Indian journal of veterinary science and animal husbandry - Volumes 15-17, 1948-1951
Year: 1948
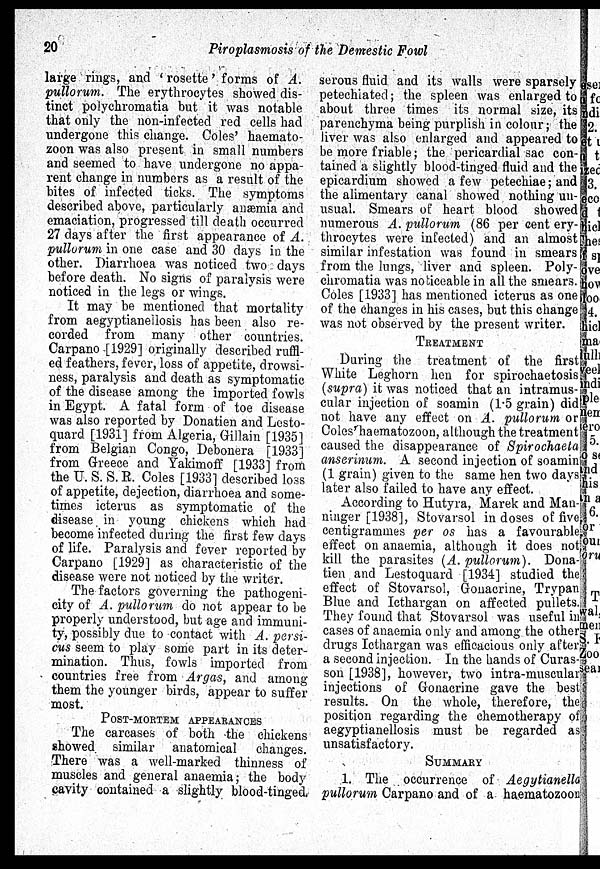
20
Piroplasmosis of the Demestic Fowl
large rings, and 'rosette' forms of A.
pullorum. The erythrocytes showed dis-
tinct polychromatia but it was notable
that only the non-infected red cells had
undergone this change. Coles' haemato-
zoon was also present in small numbers
and seemed to have undergone no appa-
rent change in numbers as a result of the
bites of infected ticks. The symptoms
described above, particularly anæmia and
emaciation, progressed till death occurred
27 days after the first appearance of A.
pullorum in one case and 30 days in the
other. Diarrhoea was noticed two days
before death. No signs of paralysis were
noticed in the legs or wings.
It may be mentioned that mortality
from aegyptianellosis has been also re-
corded from many other countries.
Carpano [1929] originally described ruffl-
ed feathers, fever, loss of appetite, drowsi-
ness, paralysis and death as symptomatic
of the disease among the imported fowls
in Egypt. A fatal form of toe disease
was also reported by Donatien and Lesto-
quard [1931] from Algeria, Gillain [1935]
from Belgian Congo, Debonera [1933]
from Greece and Yakimoff [1933] from
the U. S. S. R. Coles [1933] described loss
of appetite, dejection, diarrhoea and some-
times icterus as symptomatic of the
disease in young chickens which had
become infected during the first few days
of life. Paralysis and fever reported by
Carpano [1929] as characteristic of the
disease were not noticed by the writer.
The factors governing the pathogeni-
city of A, pullorum do not appear to be
properly understood, but age and immuni-
ty, possibly due to contact with A. persi-
cus seem to play some part in its deter-
mination. Thus, fowls imported from
countries free from Argas, and among
them the younger birds, appear to suffer
most.
POST-MORTEM APPEARANCES
The carcases of both the chickens
showed similar anatomical changes.
There was a well-marked thinness of
muscles and general anaemia; the body
cavity contained a slightly blood-tinged
serous fluid and its walls were sparsely
petechiated; the spleen was enlarged to
about three times its normal size, its
parenchyma being purplish in colour; the
liver was also enlarged and appeared to
be more friable; the pericardial sac con-
tained a slightly blood-tinged fluid and the
epicardium showed a few petechiae; and
the alimentary canal showed nothing un-
usual. Smears of heart blood showed
numerous A. pullorum (86 per cent ery-
throcytes were infected) and an almost
similar infestation was found in smears
from the lungs, liver and spleen. Poly-
chromatia was noticeable in all the smears.
Coles [1933] has mentioned icterus as one
of the changes in his cases, but this change
was not observed by the present writer.
TREATMENT
During the treatment of the first
White Leghorn hen for spirochaetosis
(supra) it was noticed that an intramus-
cular injection of soamin (1.5 grain) did
not have any effect on A. pullorum or
Coles' haematozoon, although the treatment
caused the disappearance of Spirochaeta
anserinum. A second injection of soamin
(1 grain) given to the same hen two days
later also failed to have any effect.
According to Hutyra, Marek and Man-
ninger [1938], Stovarsol in doses of five
centigrammes per os has a favourable
effect on anaemia, although it does not
kill the parasites (A. pullorum). Dona-
tien and Lestoquard [1934] studied the
effect of Stovarsol, Gonacrine, Trypan
Blue and Icthargan on affected pullets.
They found that Stovarsol was useful in
cases of anaemia only and among the other
drugs Icthargan was efficacious only after
a second injection. In the hands of Curas-
son [1938], however, two intra-muscular
injections of Gonacrine gave the best
results. On the whole, therefore, the
position regarding the chemotherapy of
aegyptianellosis must be regarded as
unsatisfactory.
SUMMARY
1. The occurrence of Aegytianella
pullorum Carpano and of a haematozoon